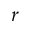
r